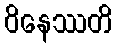
ဝိနေဿတိ